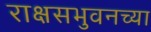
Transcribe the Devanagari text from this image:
राक्षसभुवनच्या